Source: Computer-generated
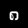
Digit: ၈ (8)